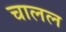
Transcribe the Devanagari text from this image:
चालल